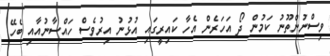
ވިސްނުންތޫނު ކަމުން ދޯ އަހަރެން އެހާ ކައިރީގައި އުޅުނު އިރުވެސް ހައްސާނުއާއި ބެހޭ